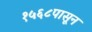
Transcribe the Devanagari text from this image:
१५६८पासून